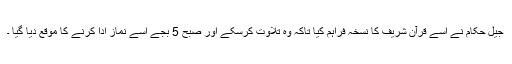
جیل حکام نے اسے قرآن شریف کا نسخہ فراہم کیا تاکہ وہ تلاوت کرسکے اور صبح 5 بجے اسے نماز ادا کرنے کا موقع دیا گیا ۔